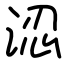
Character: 涊